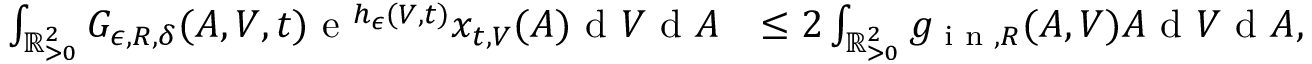
\begin{array} { r l } { \int _ { \mathbb { R } _ { > 0 } ^ { 2 } } G _ { \epsilon , R , \delta } ( A , V , t ) \textup { e } ^ { h _ { \epsilon } ( V , t ) } x _ { t , V } ( A ) \textup { d } V \textup { d } A } & { \leq 2 \int _ { \mathbb { R } _ { > 0 } ^ { 2 } } g _ { \textup { i n } , R } ( A , V ) A \textup { d } V \textup { d } A , } \end{array}